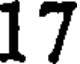
17